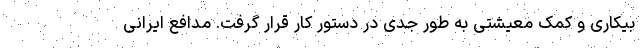
بیکاری و کمک معیشتی به طور جدی در دستور کار قرار گرفت. مدافع ایرانی